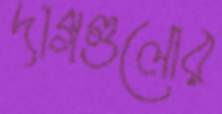
দাগগুলোর